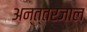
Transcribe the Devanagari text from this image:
अन्त्तरजाल